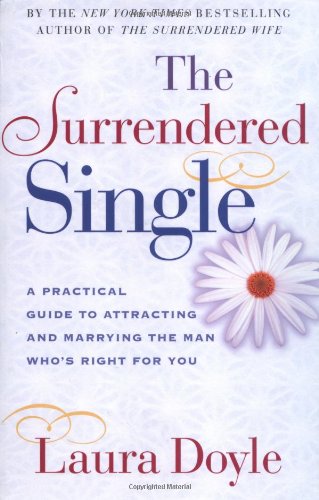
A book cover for The Surrendered Single: A Practical Guide to Attracting and Marrying the Man Who's Right for You; Laura Doyle; Self-Help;